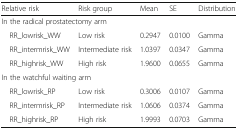
| Relative risk | Risk group | Mean | SE | Distribution |
 | --- | --- | --- | --- | --- |
 | <COLSPAN=5> In the radical prostatectomy arm |
 | RR_lowrisk_WW | Low risk | 0.2947 | 0.0100 | Gamma |
 | RR_intermrisk_WW | Intermediate risk | 1.0397 | 0.0347 | Gamma |
 | RR_highrisk_WW | High risk | 1.9600 | 0.0655 | Gamma |
 | <COLSPAN=5> In the watchful waiting arm |
 | RR_lowrisk_RP | Low risk | 0.3006 | 0.0107 | Gamma |
 | RR_intermrisk_RP | Intermediate risk | 1.0606 | 0.0374 | Gamma |
 | RR_highrisk_RP | High risk | 1.9993 | 0.0703 | Gamma |